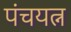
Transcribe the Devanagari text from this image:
पंचयत्न